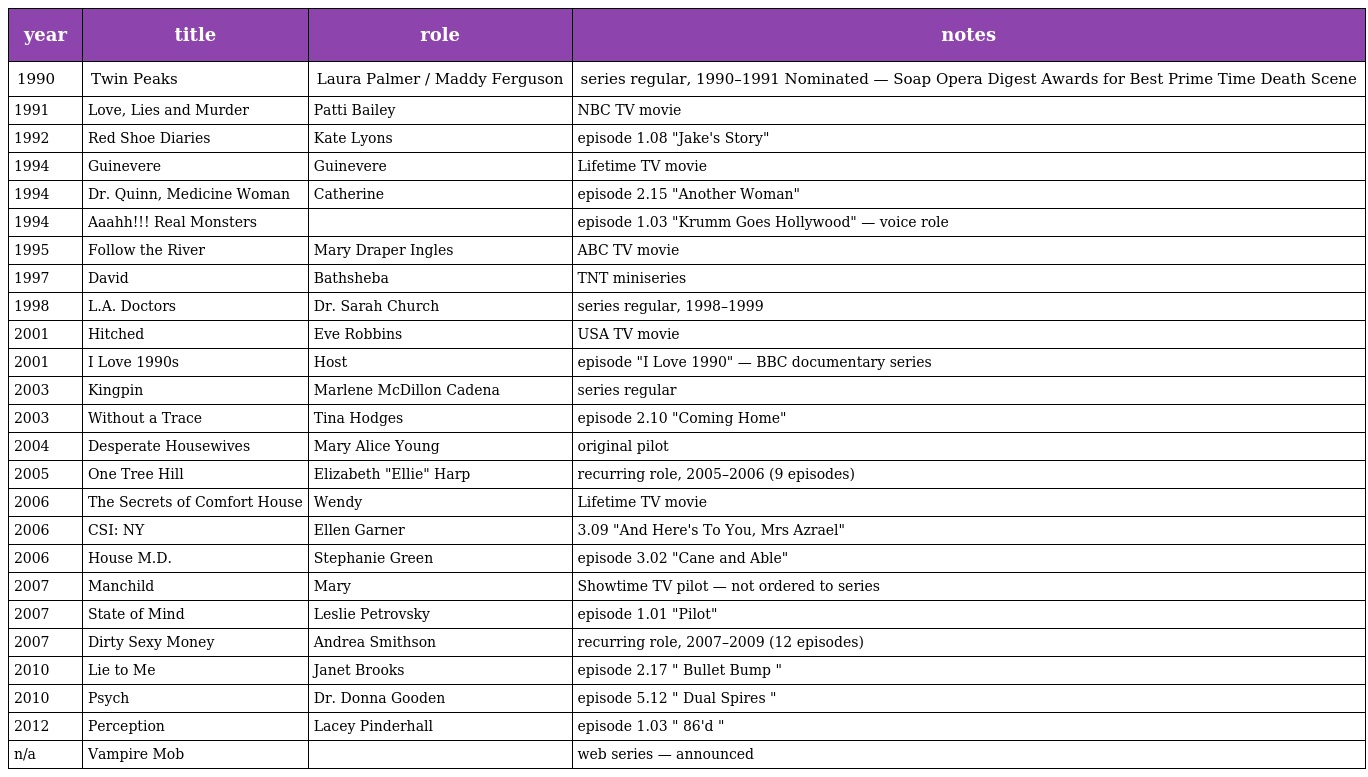
| year | title | role | notes |
 | --- | --- | --- | --- |
 | 1990 | Twin Peaks | Laura Palmer / Maddy Ferguson | series regular, 1990–1991 Nominated — Soap Opera Digest Awards for Best Prime Time Death Scene |
 | 1991 | Love, Lies and Murder | Patti Bailey | NBC TV movie |
 | 1992 | Red Shoe Diaries | Kate Lyons | episode 1.08 "Jake's Story" |
 | 1994 | Guinevere | Guinevere | Lifetime TV movie |
 | 1994 | Dr. Quinn, Medicine Woman | Catherine | episode 2.15 "Another Woman" |
 | 1994 | Aaahh!!! Real Monsters |  | episode 1.03 "Krumm Goes Hollywood" — voice role |
 | 1995 | Follow the River | Mary Draper Ingles | ABC TV movie |
 | 1997 | David | Bathsheba | TNT miniseries |
 | 1998 | L.A. Doctors | Dr. Sarah Church | series regular, 1998–1999 |
 | 2001 | Hitched | Eve Robbins | USA TV movie |
 | 2001 | I Love 1990s | Host | episode "I Love 1990" — BBC documentary series |
 | 2003 | Kingpin | Marlene McDillon Cadena | series regular |
 | 2003 | Without a Trace | Tina Hodges | episode 2.10 "Coming Home" |
 | 2004 | Desperate Housewives | Mary Alice Young | original pilot |
 | 2005 | One Tree Hill | Elizabeth "Ellie" Harp | recurring role, 2005–2006 (9 episodes) |
 | 2006 | The Secrets of Comfort House | Wendy | Lifetime TV movie |
 | 2006 | CSI: NY | Ellen Garner | 3.09 "And Here's To You, Mrs Azrael" |
 | 2006 | House M.D. | Stephanie Green | episode 3.02 "Cane and Able" |
 | 2007 | Manchild | Mary | Showtime TV pilot — not ordered to series |
 | 2007 | State of Mind | Leslie Petrovsky | episode 1.01 "Pilot" |
 | 2007 | Dirty Sexy Money | Andrea Smithson | recurring role, 2007–2009 (12 episodes) |
 | 2010 | Lie to Me | Janet Brooks | episode 2.17 " Bullet Bump " |
 | 2010 | Psych | Dr. Donna Gooden | episode 5.12 " Dual Spires " |
 | 2012 | Perception | Lacey Pinderhall | episode 1.03 " 86'd " |
 | n/a | Vampire Mob |  | web series — announced |